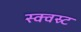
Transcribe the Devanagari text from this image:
स्क्वस्र्ट